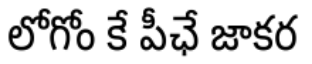
లోగోం కే పీఛే జాకర